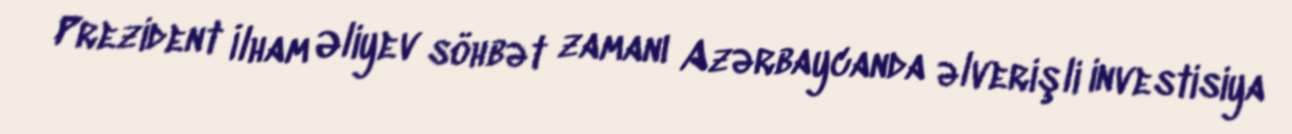
Prezident İlham Əliyev söhbət zamanı Azərbaycanda əlverişli investisiya